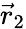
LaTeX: {\vec{r}}_{2}